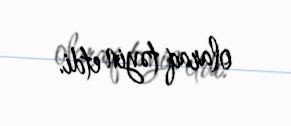
olaraq təyin etdi.